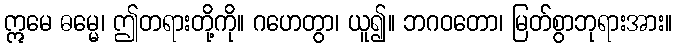
ဣမေ ဓမ္မေ၊ ဤတရားတို့ကို။ ဂဟေတွာ၊ ယူ၍။ ဘဂဝတော၊ မြတ်စွာဘုရားအား။